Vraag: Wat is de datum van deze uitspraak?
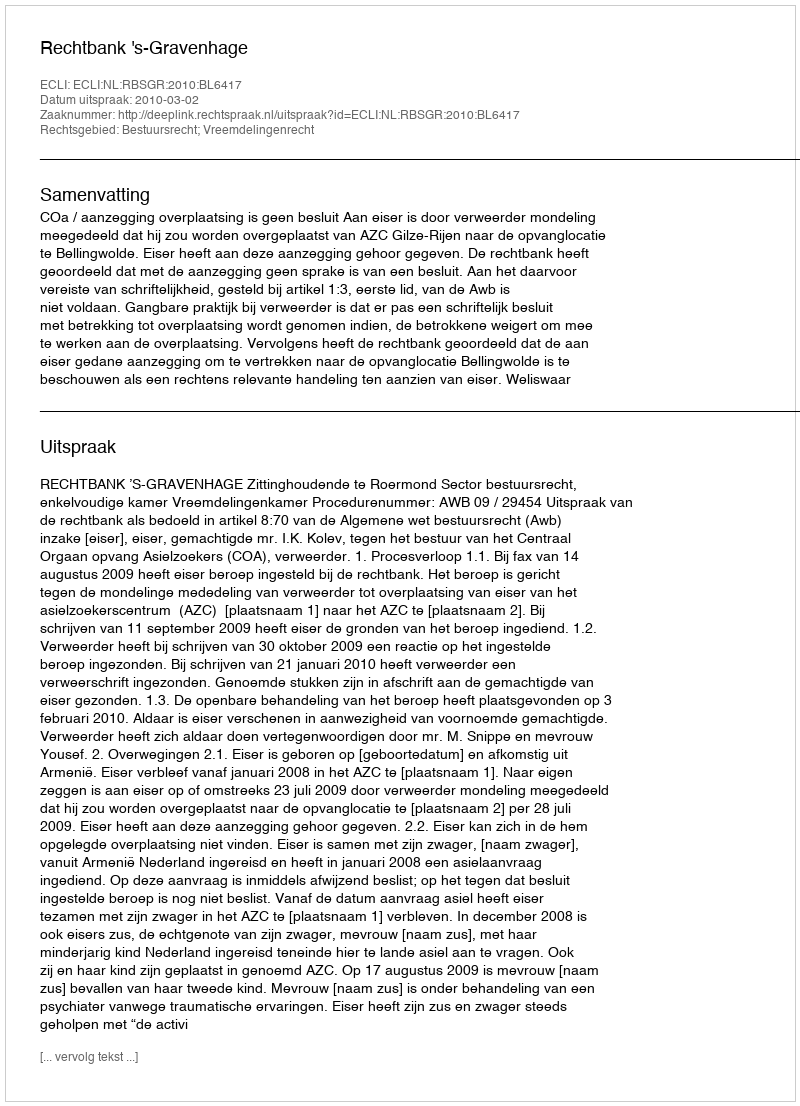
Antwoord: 2010-03-02